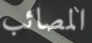
المصائب